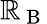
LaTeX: \mathbb{R}_{\mathrm{{~B~}}}